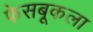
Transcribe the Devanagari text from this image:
फेसबूकला